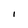
Character: I